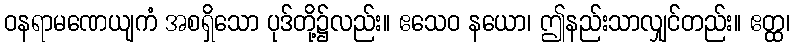
ဝနရာမဏေယျကံ အစရှိသော ပုဒ်တို့၌လည်း။ ဧသေဝ နယော၊ ဤနည်းသာလျှင်တည်း။ ဧတ္ထ၊